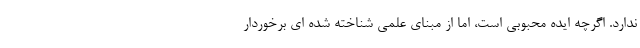
ندارد. اگرچه ایده محبوبی است، اما از مبنای علمی شناخته شده ای برخوردار